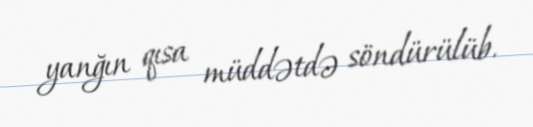
yanğın qısa müddətdə söndürülüb.